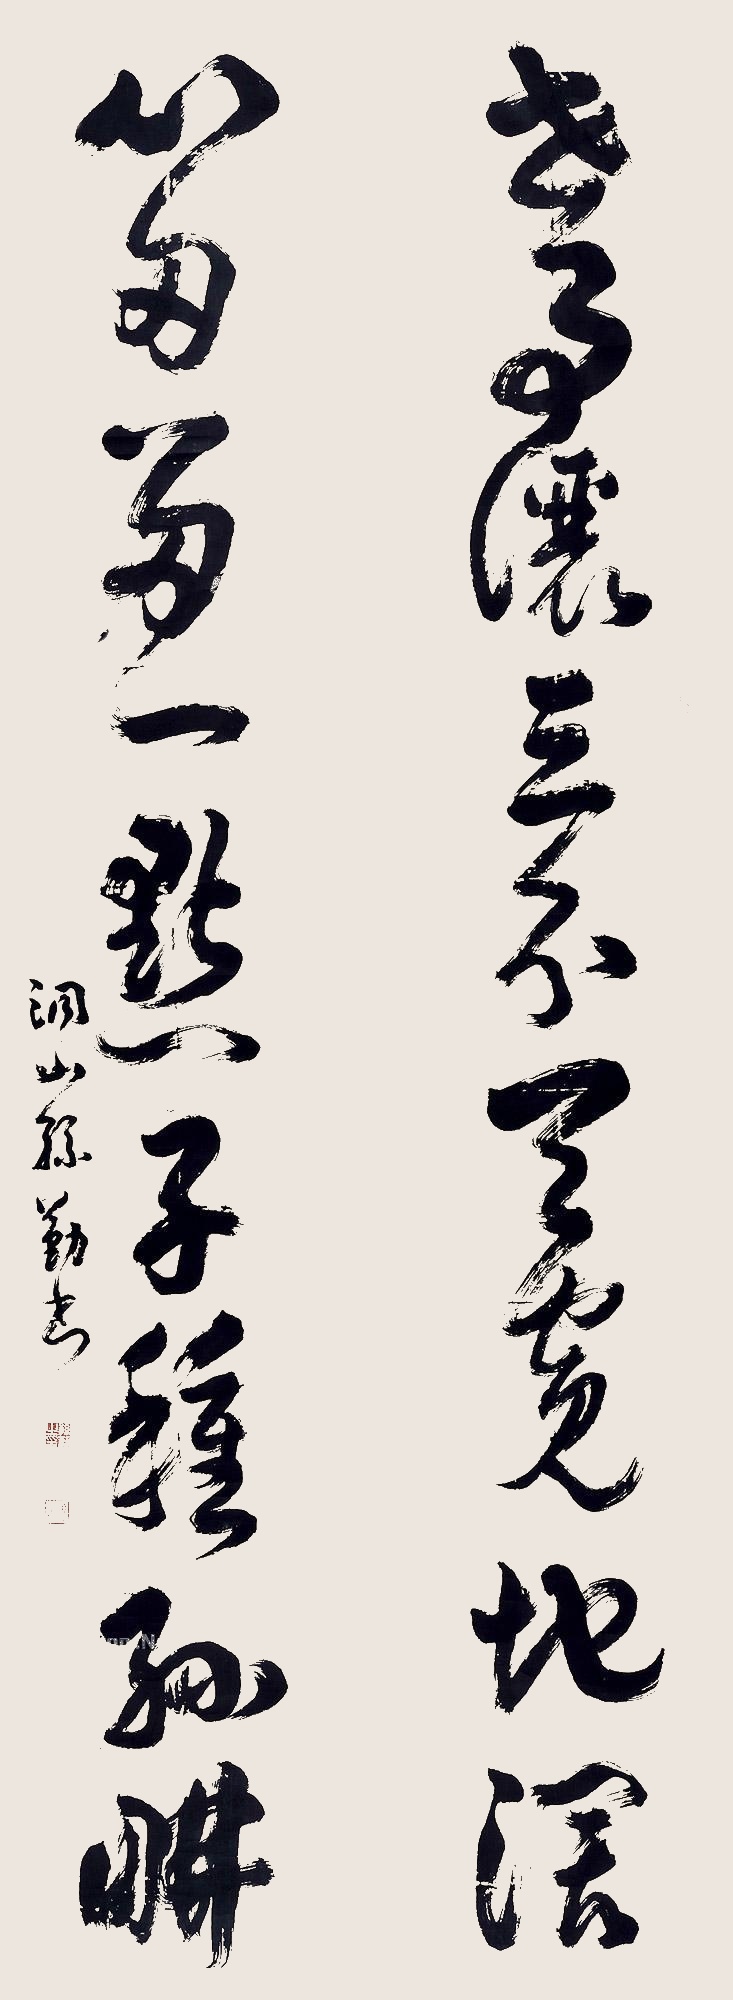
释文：事事让三分天宽地阔，心田留一点子种孙耕。洞山孙勤书。